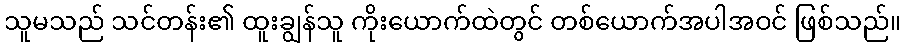
သူမသည် သင်တန်း၏ ထူးချွန်သူ ကိုးယောက်ထဲတွင် တစ်ယောက်အပါအဝင် ဖြစ်သည်။